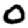
Digit: 0